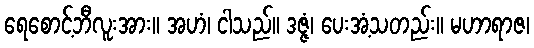
ရေစောင့်ဘီလူးအား။ အဟံ၊ ငါသည်။ ဒဇ္ဇံ၊ ပေးအံ့သတည်း။ မဟာရာဇ၊